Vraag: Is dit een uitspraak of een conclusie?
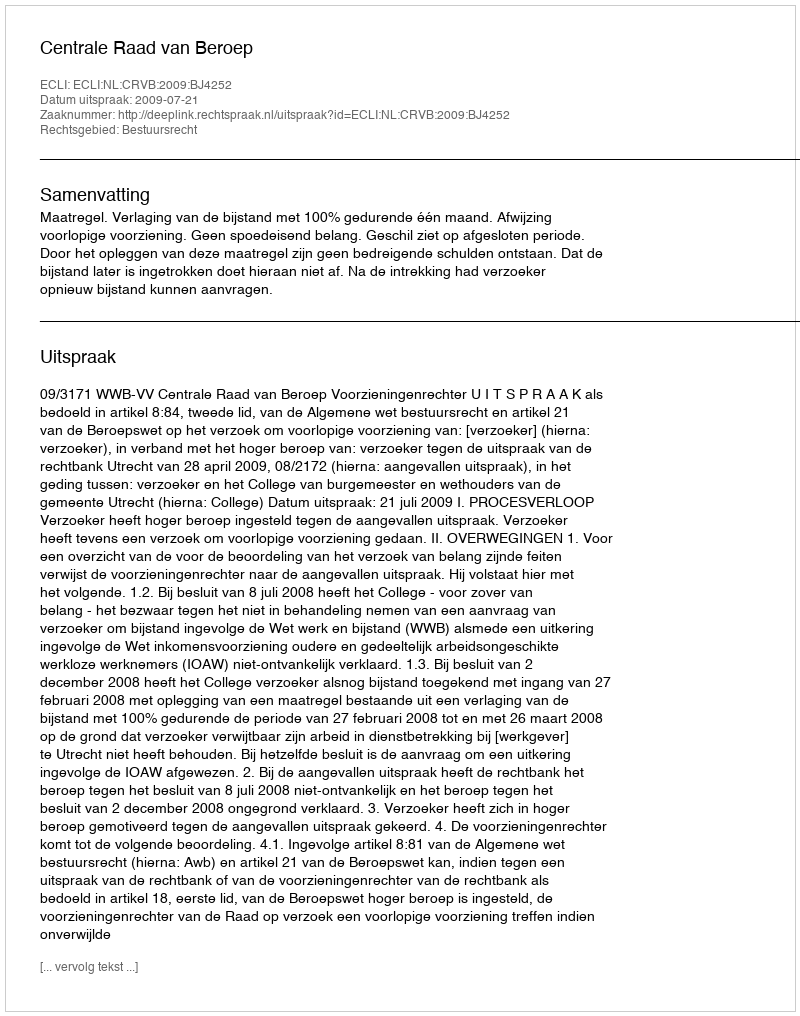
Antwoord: Uitspraak